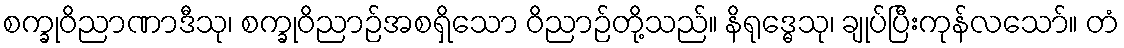
စက္ခုဝိညာဏာဒီသု၊ စက္ခုဝိညာဉ်အစရှိသော ဝိညာဉ်တို့သည်။ နိရုဒ္ဓေသု၊ ချုပ်ပြီးကုန်လသော်။ တံ